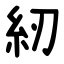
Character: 紉